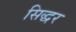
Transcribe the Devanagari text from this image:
सिद्धर